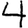
Digit: 4